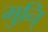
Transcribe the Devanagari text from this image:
मुनि्